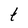
Character: t